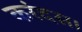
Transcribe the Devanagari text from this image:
करंदस।